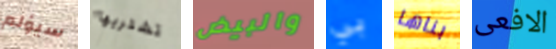
سيؤلم تشتريها والبيض بي بناها الافعى